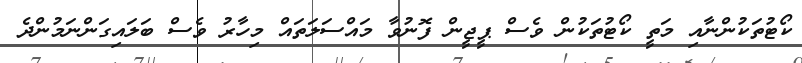
ކޯޓުތަކުންނާއި މަތީ ކޯޓުތަކުން ވެސް ޕީޖީން ފޮނުވާ މައްސަލަތައް މިހާރު ވެސް ބަލައިގަންނަމުންދެ